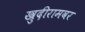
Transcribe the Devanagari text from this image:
खुदीरामवर